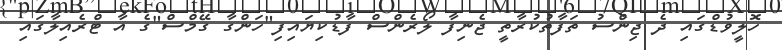
ހޮލީވުޑްގައި ދެ ޖިންސު ތަފާތުކުރާތީ ޖެނިފާ ލޯރެންސް ފާޑުކިޔައިފި"ހަންގާ ގޭމްސް"ގެ އާ ޓްރެއިލާގައި